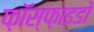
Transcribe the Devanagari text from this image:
फ़ॉस्फ़ाइडो